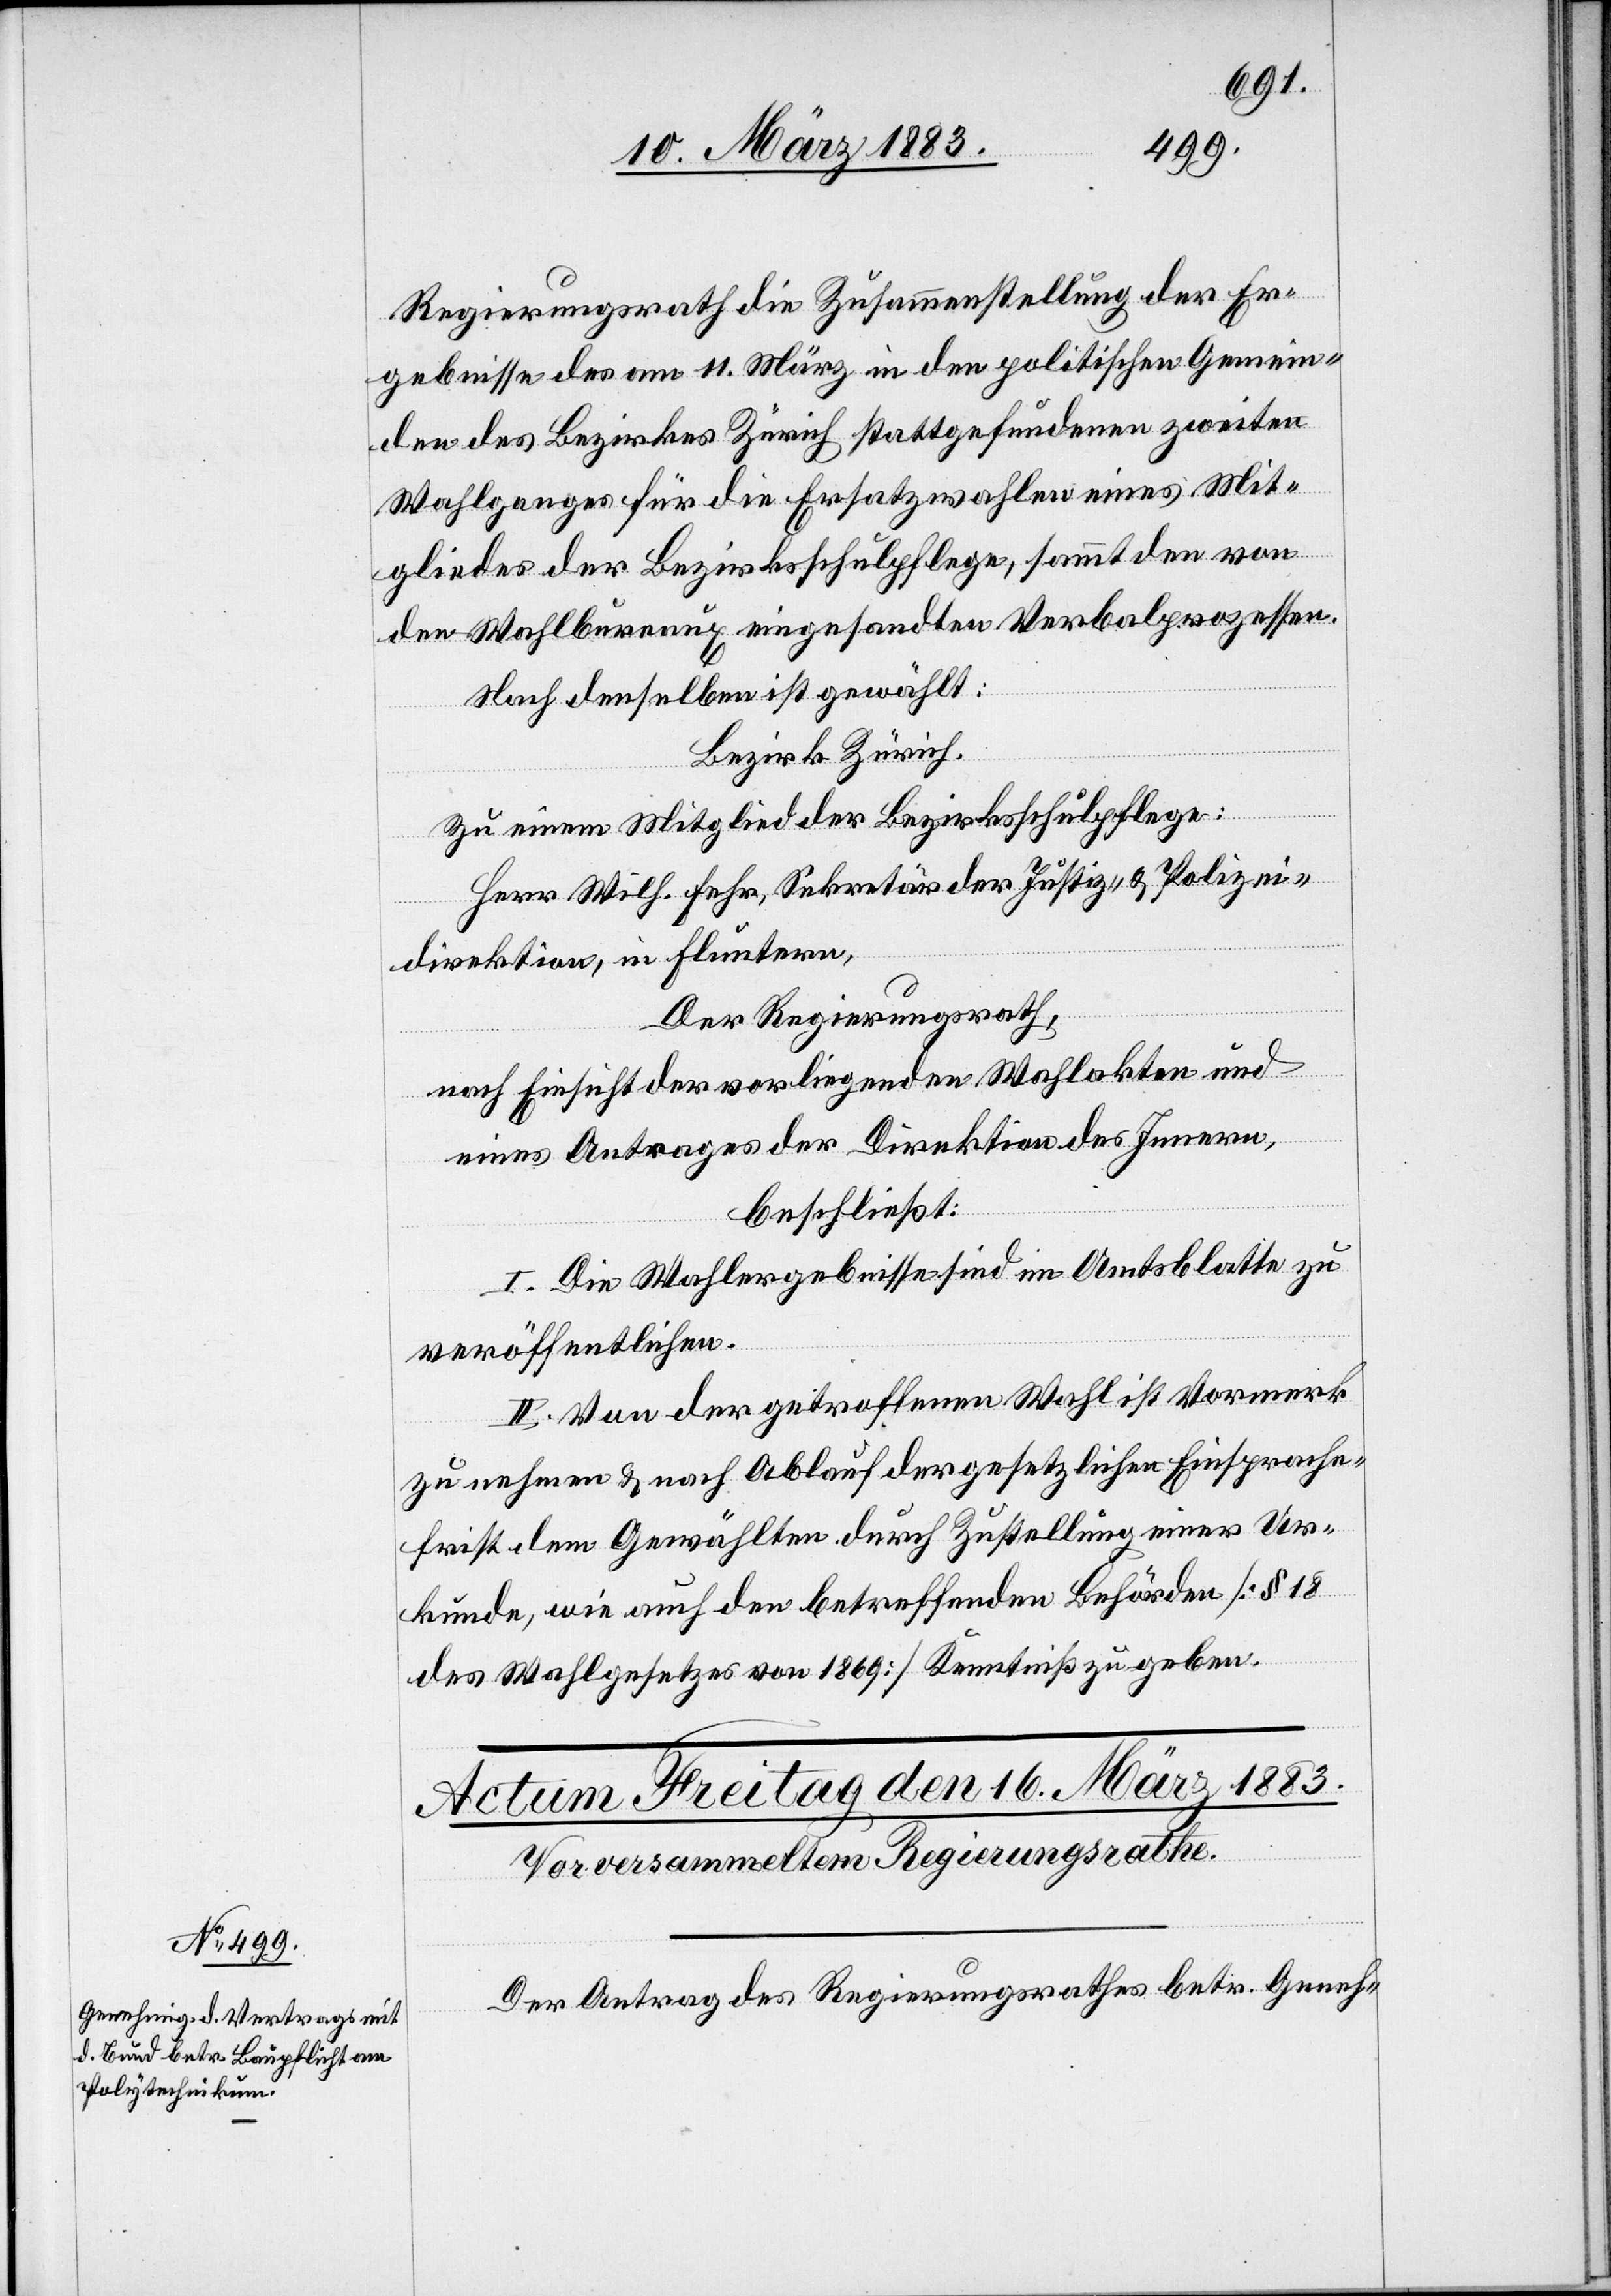
13. März 1883.]
Gesuches.
das